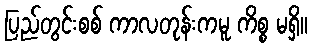
ပြည်တွင်းစစ် ကာလတုန်းကမူ ကိစ္စ မရှိ။